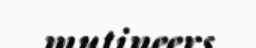
mutineers